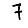
Digit: 7